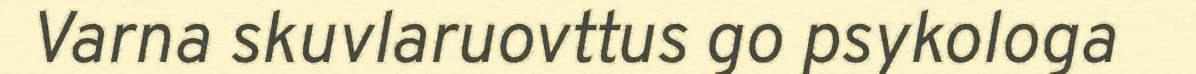
Varna skuvlaruovttus go psykologa